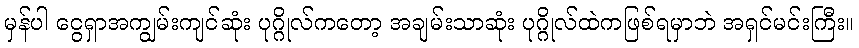
မှန်ပါ ငွေရှာအကျွမ်းကျင်ဆုံး ပုဂ္ဂိုလ်ကတော့ အချမ်းသာဆုံး ပုဂ္ဂိုလ်ထဲကဖြစ်ရမှာဘဲ အရှင်မင်းကြီး။